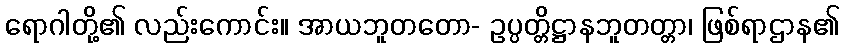
ရောဂါတို့၏ လည်းကောင်း။ အာယဘူတတော- ဥပ္ပတ္တိဋ္ဌာနဘူတတ္တာ၊ ဖြစ်ရာဌာန၏